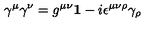
\gamma ^ { \mu } \gamma ^ { \nu } = g ^ { \mu \nu } { \bf 1 } - i \epsilon ^ { \mu \nu \rho } \gamma _ { \rho }